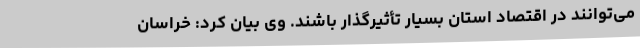
می‌توانند در اقتصاد استان بسیار تأثیرگذار باشند. وی بیان کرد: خراسان